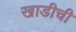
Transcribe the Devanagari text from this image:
खाडीची